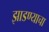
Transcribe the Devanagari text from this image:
झाडण्याचा